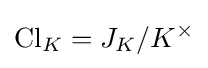
\operatorname {Cl} _{K}=J_{K}/K^{\times }